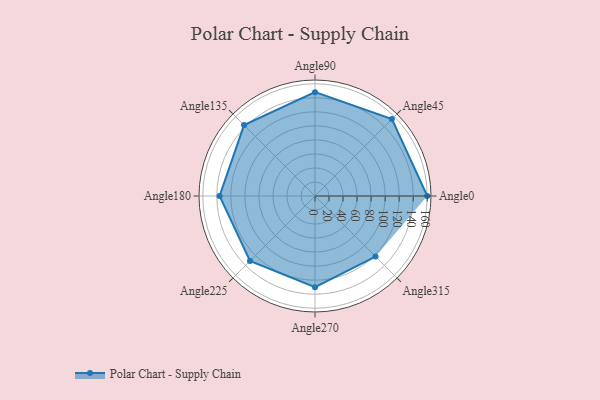
{"axis": {"x": "Angle", "y": "Radius"}, "legend": [""], "data": [{"x": "Angle0", "y": 160.0, "type": ""}, {"x": "Angle45", "y": 155.0, "type": ""}, {"x": "Angle90", "y": 148.0, "type": ""}, {"x": "Angle135", "y": 143.0, "type": ""}, {"x": "Angle180", "y": 136.0, "type": ""}, {"x": "Angle225", "y": 131.0, "type": ""}, {"x": "Angle270", "y": 130.0, "type": ""}, {"x": "Angle315", "y": 122.0, "type": ""}]}